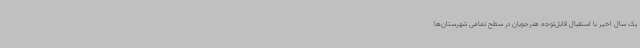
یک سال اخیر با استقبال قابل‌توجه هنرجویان در سطح تمامی شهرستان‌ها